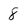
Character: 8